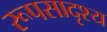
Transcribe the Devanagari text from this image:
रूपसादृश्य